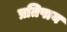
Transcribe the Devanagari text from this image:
प्रतिपाय